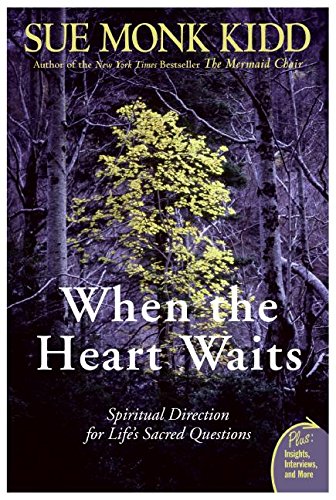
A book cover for When the Heart Waits: Spiritual Direction for Life's Sacred Questions (Plus); Sue Monk Kidd; Biographies & Memoirs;